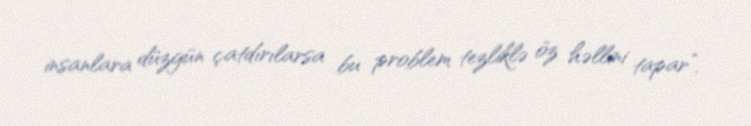
insanlara düzgün çatdırılarsa bu problem tezliklə öz həllini tapar”.